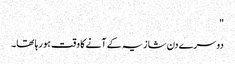
"
دوسرے دن شازیہ کے آنے کا وقت ہو رہا تھا۔